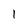
Character: 1